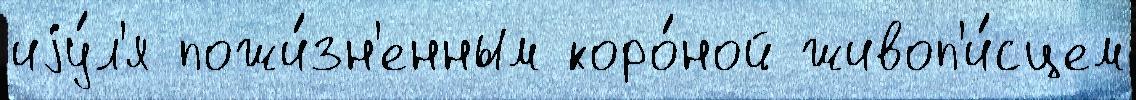
иjу́л'я пожи́зн'енным коро́ной живоп'и́сцем